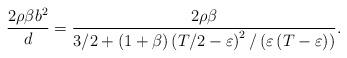
LaTeX: \begin{align*}\frac{2\rho \beta b^{2}}{d}=\frac{2\rho \beta }{3/2+\left( 1+\beta \right)\left( T/2-\varepsilon \right) ^{2}/\left( \varepsilon \left( T-\varepsilon\right) \right) }. \end{align*}